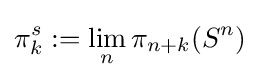
\pi _{k}^{s}:=\lim _{n}\pi _{n+k}(S^{n})